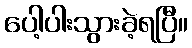
ပေါ့ပါးသွားခဲ့ရပြီ။